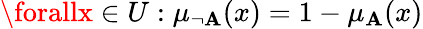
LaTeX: \forallx\in{U}:\mu_{\neg{\mathbf{A}}}(x)=1-\mu_{\mathbf{A}}(x)